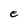
Character: e